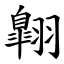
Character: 翺